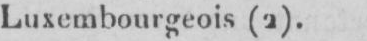
Luxembourgeois (2).